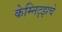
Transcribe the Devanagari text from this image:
केम्निट्झचे